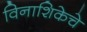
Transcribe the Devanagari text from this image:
विनाशिकेचे